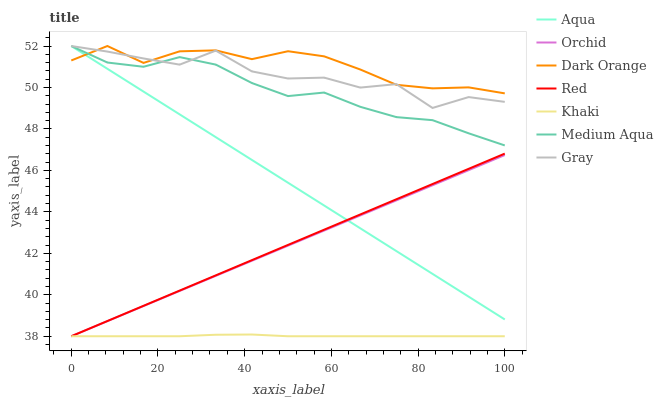
| xaxis_label | Aqua | Orchid | Dark Orange | Red | Khaki | Medium Aqua | Gray |
 | --- | --- | --- | --- | --- | --- | --- | --- |
 | 0 | 52 | 38 | 51.3 | 38 | 38 | 52 | 52 |
 | 8.33 | 50.9 | 38.7 | 52 | 38.7 | 38 | 51.2 | 51.7 |
 | 16.7 | 49.8 | 39.5 | 51.2 | 39.5 | 38 | 51 | 51.4 |
 | 25 | 48.7 | 40.2 | 51.7 | 40.2 | 38 | 51.5 | 51.1 |
 | 33.3 | 47.6 | 40.9 | 51.8 | 40.9 | 38.1 | 51.1 | 51.8 |
 | 41.7 | 46.5 | 41.6 | 51.4 | 41.7 | 38.1 | 50.2 | 50.8 |
 | 50 | 45.4 | 42.4 | 51.7 | 42.4 | 38 | 49.6 | 50.4 |
 | 58.3 | 44.3 | 43.1 | 51.5 | 43.1 | 38 | 49.8 | 50.5 |
 | 66.7 | 43.2 | 43.8 | 50.9 | 43.9 | 38 | 49.1 | 50 |
 | 75 | 42.1 | 44.6 | 50.1 | 44.6 | 38 | 48.6 | 50.2 |
 | 83.3 | 41 | 45.3 | 50 | 45.3 | 38 | 48.4 | 49 |
 | 91.7 | 39.9 | 46 | 50 | 46.1 | 38 | 47.8 | 49.5 |
 | 100 | 38.8 | 46.7 | 49.7 | 46.8 | 38 | 47.2 | 49.3 |